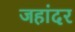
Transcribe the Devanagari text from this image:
जहांदर